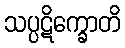
သပ္ပဋိက္ခောတိ